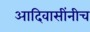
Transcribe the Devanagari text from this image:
आदिवासींनीच